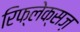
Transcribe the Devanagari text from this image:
रिफ्लेक्सज़